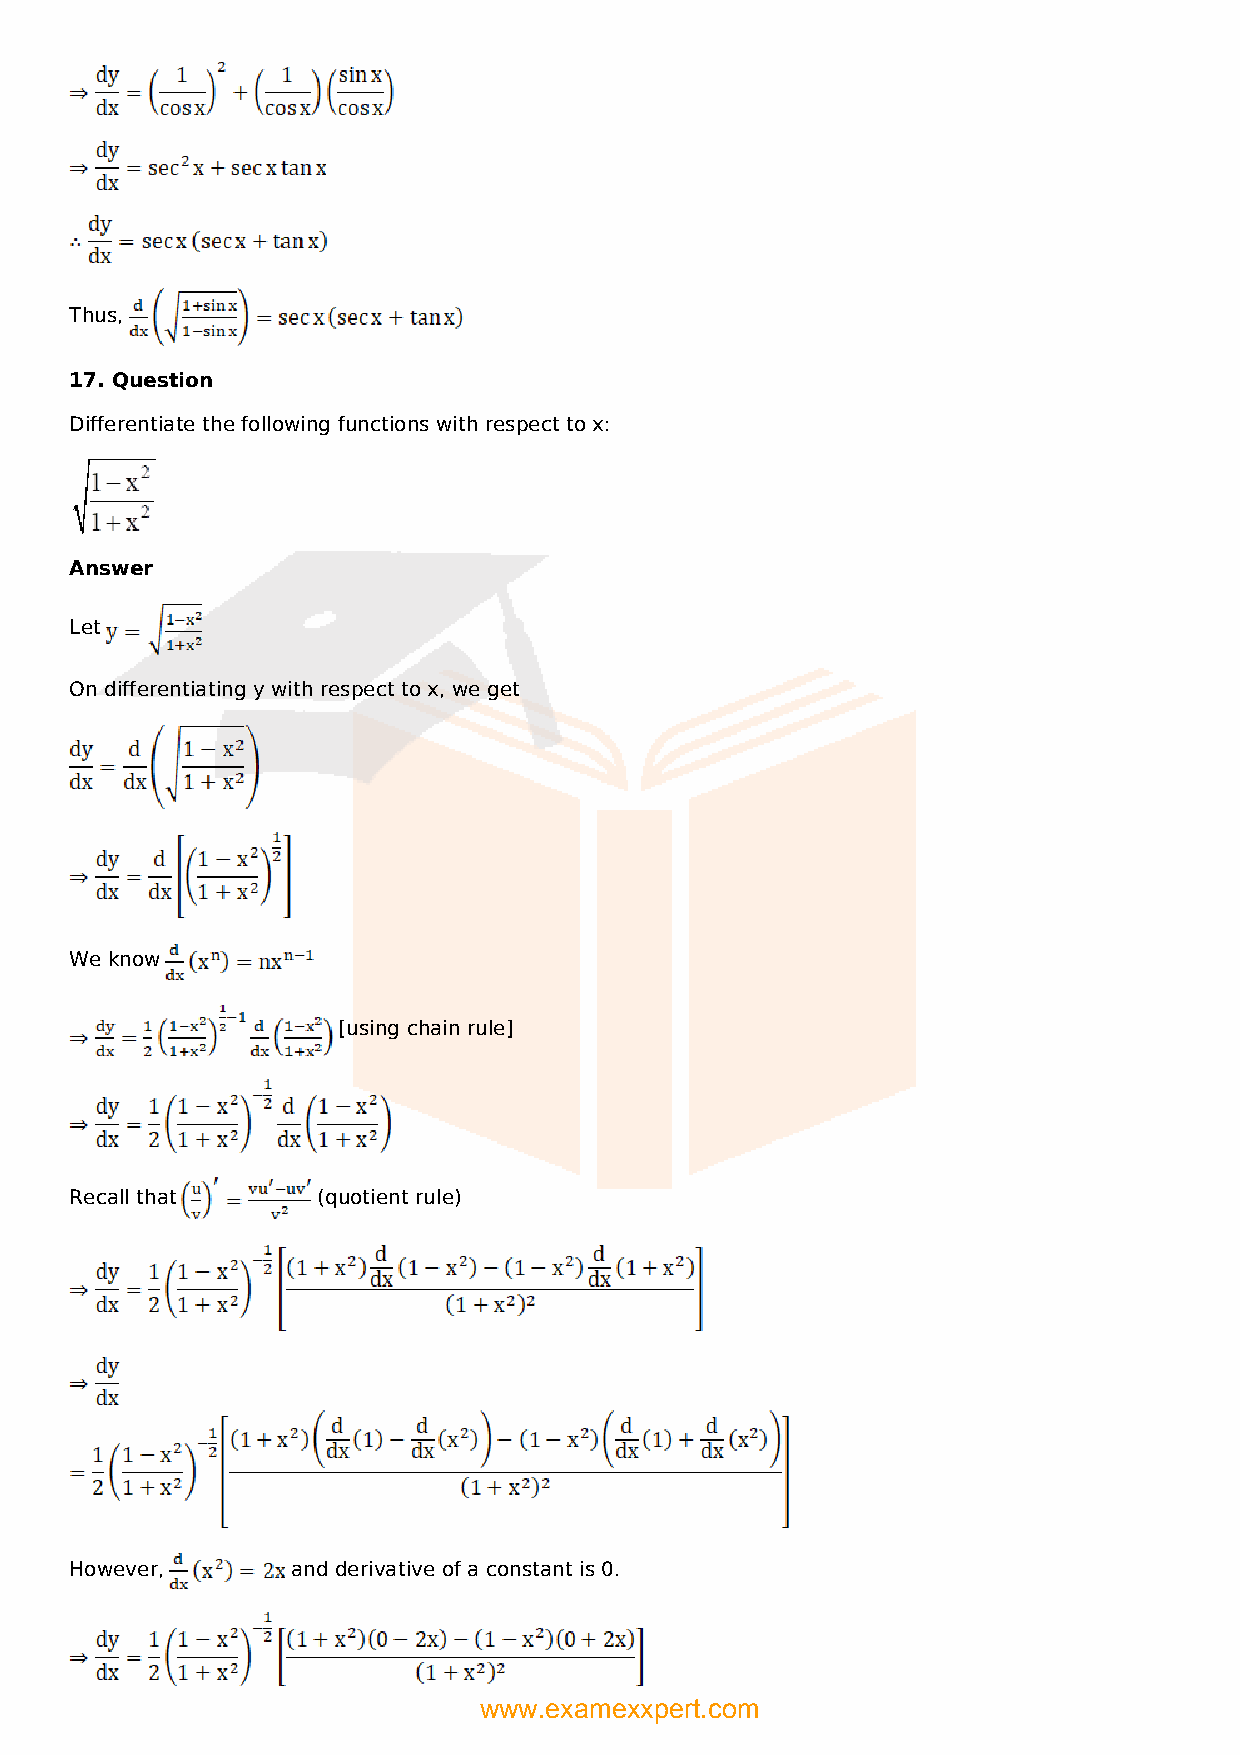
Thus,
 17. Question
 Differentiate the following functions with respect to x:
 Answer
 Let
 On differentiating y with respect to x, we get
 We know
 [using chain rule]
 Recall that     (quotient rule)
 However,      and derivative of a constant is 0.
 www.examexxpert.com